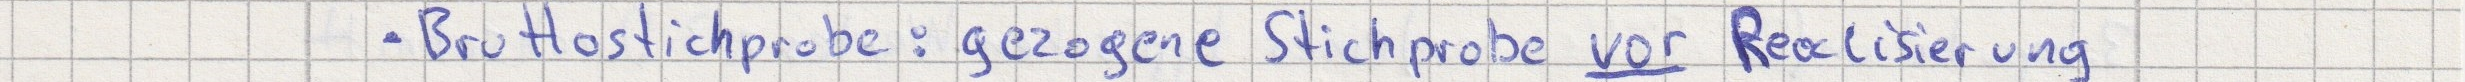
- Bruttostichprobe: gezogene Stichprobe vor Realisierung